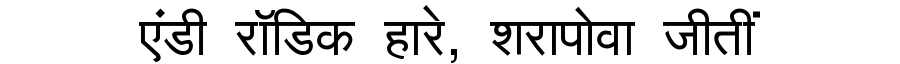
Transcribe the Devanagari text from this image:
एंडी रॉडिक हारे, शरापोवा जीतीं